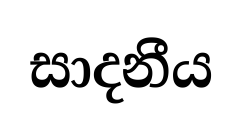
සාදනීය